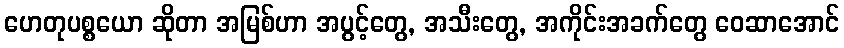
ဟေတုပစ္စယော ဆိုတာ အမြစ်ဟာ အပွင့်တွေ, အသီးတွေ, အကိုင်းအခက်တွေ ဝေဆာအောင်